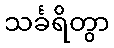
သင်္ခရိတွာ